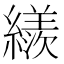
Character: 𦆀